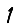
Digit: 1